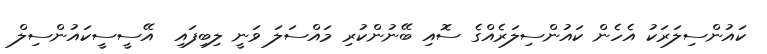
ކައުންސިލަރަކު އެހެން ކައުންސިލަރެއްގެ ސޮއި ބޭނުންކުރި މައްސަލަ ވަނީ ލިބިފައި  އޭސީސީކައުންސިލް